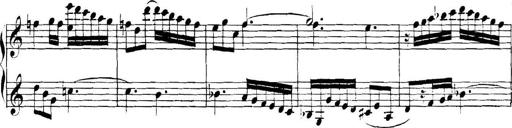
Title: Collected Piano Sonatas
Composer: Muzio Clementi